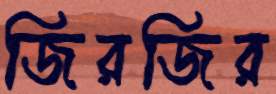
জিরজির